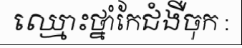
ឈ្មោះថ្នាំកែជំងឺចុក :